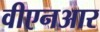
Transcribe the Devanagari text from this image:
वीएनआर